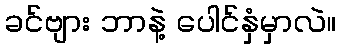
ခင်ဗျား ဘာနဲ့ ပေါင်နှံမှာလဲ။